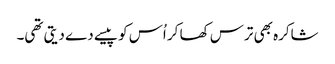
شاکرہ بھی ترس کھا کر اُس کو پیسے دے دیتی تھی۔